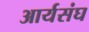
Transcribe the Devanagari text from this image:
आर्यसंघ